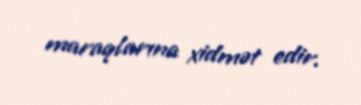
maraqlarına xidmət edir.